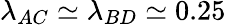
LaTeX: \lambda_{AC}\simeq\lambda_{BD}\simeq 0.25